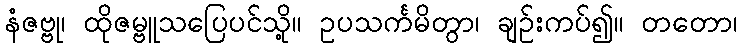
နံဇဗ္ဗု၊ ထိုဇမ္ဗူသပြေပင်သို့။ ဥပသင်္ကမိတွာ၊ ချဉ်းကပ်၍။ တတော၊